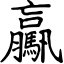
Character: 驘